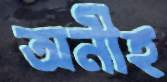
অনীহ